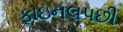
ફાઇનલપછી